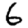
Digit: 6